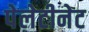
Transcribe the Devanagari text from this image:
पेलेटीनेट